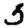
Digit: 5